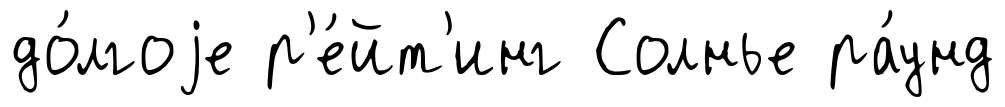
до́лгоjе р'е́йт'инг Солнье ра́унд